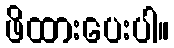
ဖိထားပေးပါ။